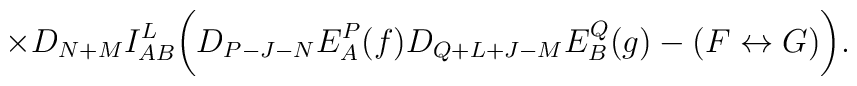
\times D_{N+M}I_{AB}^L\biggl( D_{P-J-N}E^P_A(f)D_{Q+L+J-M}E^Q_B(g)  - (F \leftrightarrow G) \biggr) .